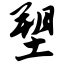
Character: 塑